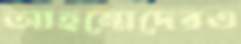
আহম্মেদেরও